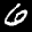
Label: 6